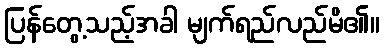
ပြန်တွေ့သည့်အခါ မျက်ရည်လည်မိ၏။